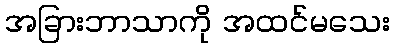
အခြားဘာသာကို အထင်မသေး